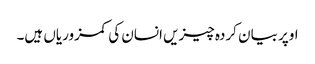
اوپر بیان کردہ چیزیں انسان کی کمزوریاں ہیں۔